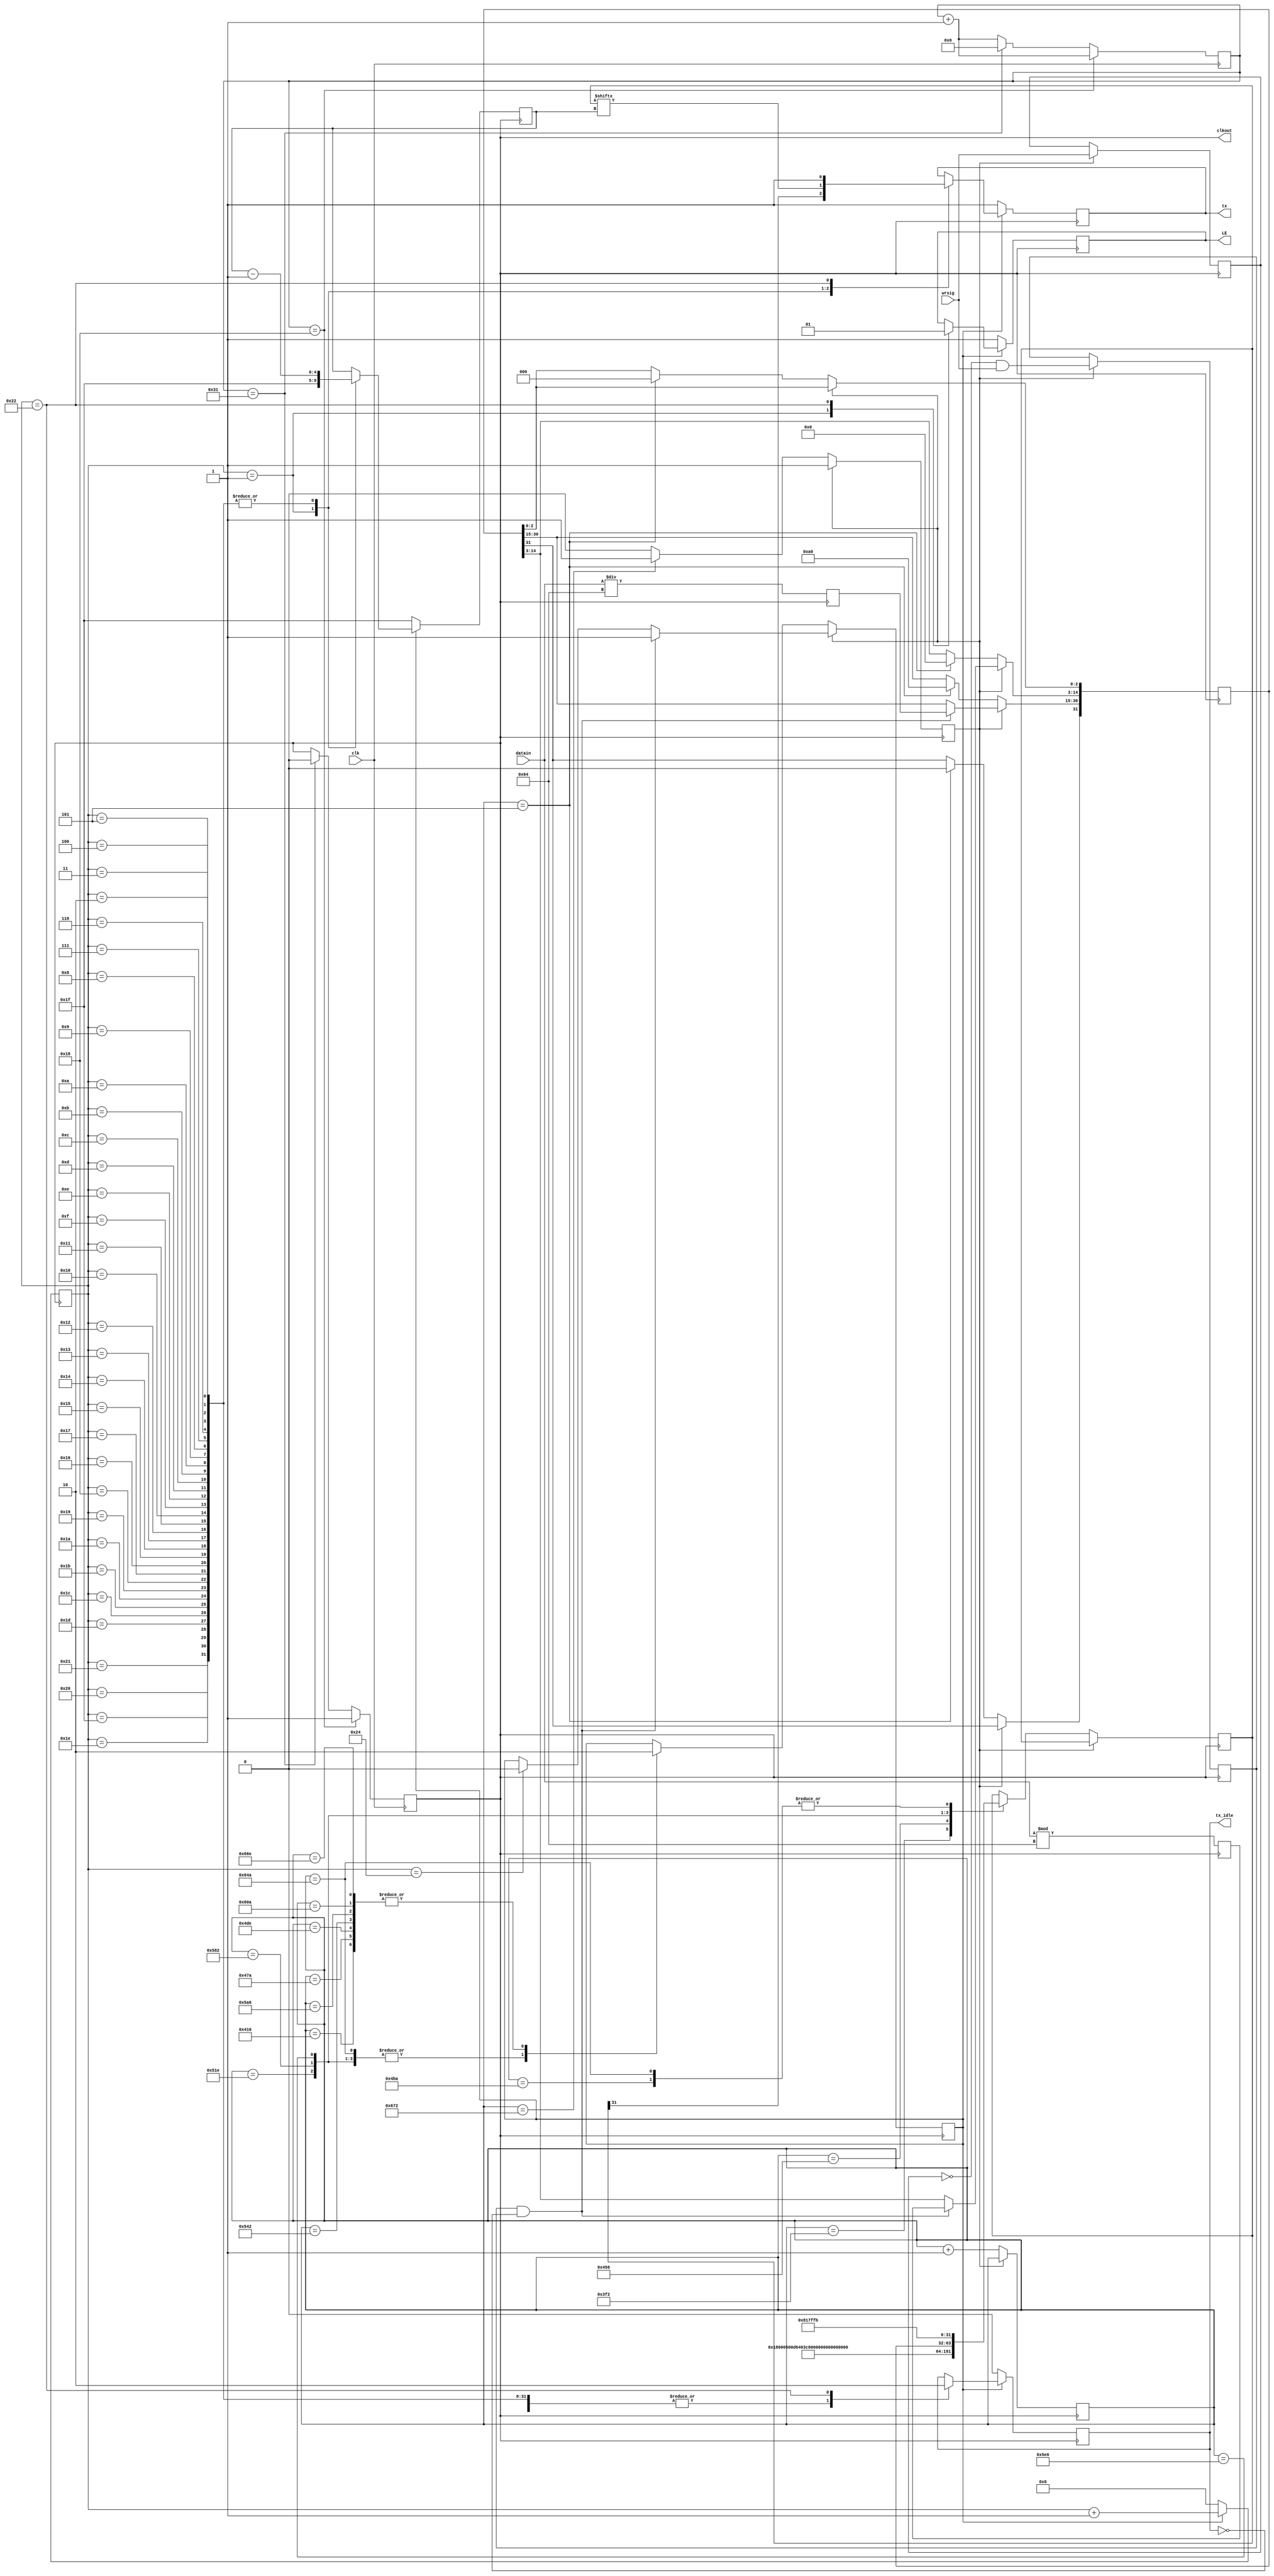
module ADF_driver
(
	input       clk,        //
	input       wrsig,      //
	input [8:0] datain,     //

	output reg tx_idle,         //
	output reg tx,              //
	output reg clkout,
	output reg LE
);

reg tx_send=0;
reg tx_wrsigbuf=0, tx_wrsigrise=0;
reg[7:0] tx_cnt=0; //
//
reg [15:0] clk_cnt=0;
reg [31:0]dataint=0;
reg [10:0]cnt_init=0;
reg init=0;
reg [4:0] cnt_wei=0;
reg [15:0]int_v=0;
reg [11:0]frac_v=0;


parameter [31:0]R5=32'b00000000_00011_0000000000000000_101;
parameter [31:0]R4=32'b00000000_1101_01100100_000000_111100;
parameter [31:0]R3=32'b00000000_100000010_111111111111_011;
parameter [31:0]R2=32'b00000000_0000000001_00000_001000010;
parameter [31:0]R1=32'b00000_000000000000_000001100100_001;
reg [31:0]R0=32'b0_00000000_10100000_000000000000_000;

always @(posedge clk) begin//   CLK/(1000000)
  if(clk_cnt == 16'd24) begin
    clkout <= 1'b1;
    clk_cnt <= clk_cnt + 16'd1;
  end
  else if(clk_cnt == 16'd49) begin
    clkout <= 1'b0;
    clk_cnt <= 16'd0;
  end
  else begin
    clk_cnt <= clk_cnt + 16'd1;
  end
end


always @(negedge clkout) begin
	int_v<=datain/7'd100;
	frac_v<=datain%7'd100;
	if(!init) begin
		cnt_init<=cnt_init+1'b1;
		case(cnt_init)
		11'd5: begin R0<=32'b0_00000000_10100000_000000000000_000; end
		11'd1010: begin tx_send <= 1'b1; dataint<=R5; end
		11'd1046: begin tx_send <= 1'b0; end
		11'd1110: begin tx_send <= 1'b1; dataint<=R4; end
		11'd1146: begin tx_send <= 1'b0; end
		11'd1210: begin tx_send <= 1'b1; dataint<=R3; end
		11'd1246: begin tx_send <= 1'b0; end
		11'd1310: begin tx_send <= 1'b1; dataint<=R2; end
		11'd1346: begin tx_send <= 1'b0; end
		11'd1410: begin tx_send <= 1'b1; dataint<=R1; end
		11'd1446: begin tx_send <= 1'b0; end
		11'd1510: begin tx_send <= 1'b1; dataint<=R0; end
		11'd1546: begin tx_send <= 1'b0; end
		11'd1610: begin tx_send <= 1'b1; dataint<=R3; end
		11'd1646: begin tx_send <= 1'b0; end
		11'd1650: begin init<=1'b1; end
		endcase
	end
	else begin
		tx_wrsigbuf <= wrsig;
		tx_wrsigrise <= (~tx_wrsigbuf) & wrsig;
		if (tx_wrsigrise && (~tx_idle)) begin
			tx_send <= 1'b1;
			R0[30:15]<=int_v;
			R0[14:3]<=frac_v;
		end
		else if(tx_cnt == 8'd36) begin
			tx_send <= 1'b0;
		end
	end
end

always @(negedge clkout) begin
	if(tx_send == 1'b1) begin
		case(tx_cnt) //
		8'd1: begin
			LE<=1'b0;
			tx <= dataint[31];
			cnt_wei<=5'd31;
			tx_idle <= 1'b1;
			tx_cnt <= tx_cnt + 8'd1;
		end
		8'd2,8'd3,8'd4,8'd5,8'd6,8'd7,8'd8,8'd9,8'd10,8'd11,8'd12,8'd13,8'd14,8'd15
		,8'd16,8'd17,8'd18,8'd19,8'd20,8'd21,8'd22,8'd23,8'd24,8'd25,8'd26,8'd27,
		8'd28,8'd29,8'd30,8'd31,8'd32,8'd33: begin
			tx <= dataint[cnt_wei]; //0 
			cnt_wei<=cnt_wei-1'b1;
			tx_idle <= 1'b1;
			tx_cnt <= tx_cnt + 8'd1;
		end
		8'd34: begin
			tx <= 1'b1; 
			LE<=1'b1;
			tx_idle <= 1'b0;
			tx_cnt <= tx_cnt + 8'd1;
		end
		default: begin
			tx_cnt <= tx_cnt + 8'd1;
		end
		endcase
	end
	else begin
		tx <= 1'b1;
		LE<=1'b1;
		cnt_wei<=5'd31;
		tx_cnt <= 8'd0;
		tx_idle <= 1'b0;
	end
end

endmodule